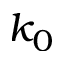
k _ { 0 }